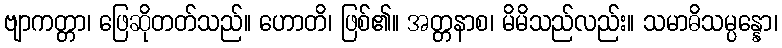
ဗျာကတ္တာ၊ ဖြေဆိုတတ်သည်။ ဟောတိ၊ ဖြစ်၏။ အတ္တနာစ၊ မိမိသည်လည်း။ သမာဓိသမ္ပန္နော၊